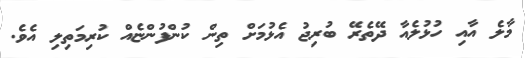
މާލެ އާއި ހުޅުލެއާ ދޭތެރޭ ބުރިޖު އެޅުމަށް ތިން ކުންފުންޏެއް ކުރިމަތިލި އެވެ.